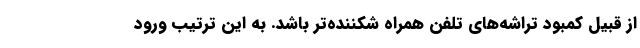
از قبیل کمبود تراشه‌های تلفن همراه شکننده‌تر باشد. به این ترتیب ورود